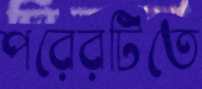
পরেরটিতে